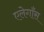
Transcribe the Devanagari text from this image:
एलेगाँस